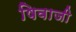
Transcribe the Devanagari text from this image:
षिवाजी